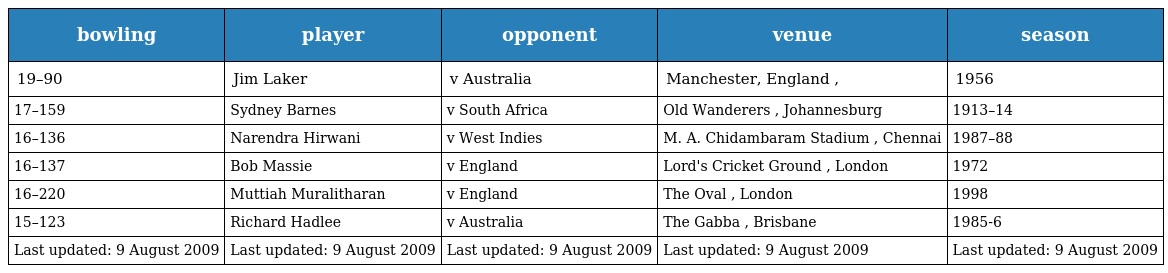
| bowling | player | opponent | venue | season |
 | --- | --- | --- | --- | --- |
 | 19–90 | Jim Laker | v Australia | Manchester, England , | 1956 |
 | 17–159 | Sydney Barnes | v South Africa | Old Wanderers , Johannesburg | 1913–14 |
 | 16–136 | Narendra Hirwani | v West Indies | M. A. Chidambaram Stadium , Chennai | 1987–88 |
 | 16–137 | Bob Massie | v England | Lord's Cricket Ground , London | 1972 |
 | 16–220 | Muttiah Muralitharan | v England | The Oval , London | 1998 |
 | 15–123 | Richard Hadlee | v Australia | The Gabba , Brisbane | 1985-6 |
 | Last updated: 9 August 2009 | Last updated: 9 August 2009 | Last updated: 9 August 2009 | Last updated: 9 August 2009 | Last updated: 9 August 2009 |